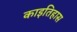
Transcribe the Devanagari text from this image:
काइतिहास